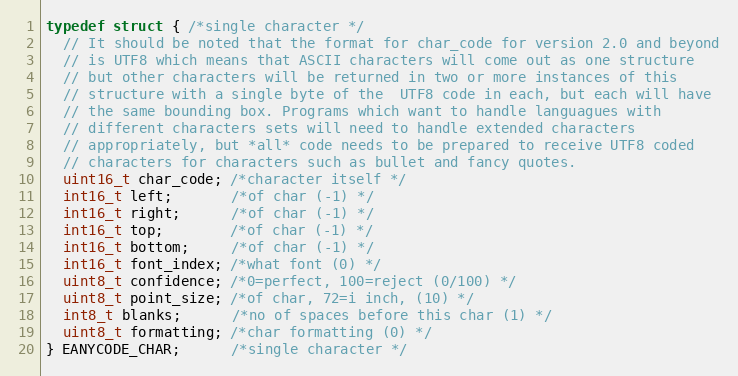
Language: C
typedef struct { /*single character */
  // It should be noted that the format for char_code for version 2.0 and beyond
  // is UTF8 which means that ASCII characters will come out as one structure
  // but other characters will be returned in two or more instances of this
  // structure with a single byte of the  UTF8 code in each, but each will have
  // the same bounding box. Programs which want to handle languagues with
  // different characters sets will need to handle extended characters
  // appropriately, but *all* code needs to be prepared to receive UTF8 coded
  // characters for characters such as bullet and fancy quotes.
  uint16_t char_code; /*character itself */
  int16_t left;       /*of char (-1) */
  int16_t right;      /*of char (-1) */
  int16_t top;        /*of char (-1) */
  int16_t bottom;     /*of char (-1) */
  int16_t font_index; /*what font (0) */
  uint8_t confidence; /*0=perfect, 100=reject (0/100) */
  uint8_t point_size; /*of char, 72=i inch, (10) */
  int8_t blanks;      /*no of spaces before this char (1) */
  uint8_t formatting; /*char formatting (0) */
} EANYCODE_CHAR;      /*single character */